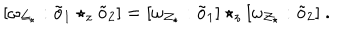
[ \omega _ { { \cal Z } _ { \star } } : \tilde { o } _ { 1 } \star _ { z } \tilde { o } _ { 2 } ] = [ \omega _ { { \cal Z } _ { \star } } : \tilde { o } _ { 1 } ] \star _ { z } [ \omega _ { { \cal Z } _ { \star } } : \tilde { o } _ { 2 } ] ~ .